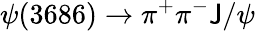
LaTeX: \psi(3686)\rightarrow\pi^{+}\pi^{-}\mathsf{J}/\psi